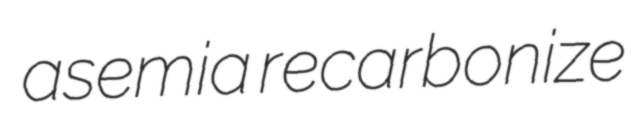
asemia recarbonize